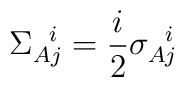
\Sigma_{Aj}^{\,\,\,\,i}=\frac{i}{2} \sigma_{Aj}^{\,\,\,\,i}